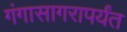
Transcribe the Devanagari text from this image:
गंगासागरापर्यंत